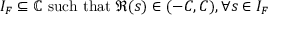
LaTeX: I _ { F } \subseteq \mathbb { C } \ { \mathrm { s u c h ~ t h a t } } \ \Re ( s ) \in ( - C , C ) , \forall s \in I _ { F }